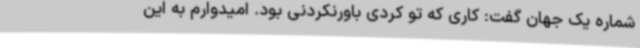
شماره یک جهان گفت: کاری که تو کردی باورنکردنی بود. امیدوارم به این